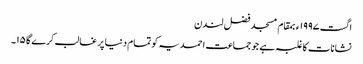
اگست ١٩٩٧ء بمقام مسجد فضل لندن
نشانات کا غلبہ ہے جو جماعت احمدیہ کو تمام دنیا پر غالب کرے گا ١٥۔